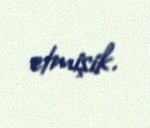
etmişik.